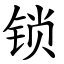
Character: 锁